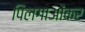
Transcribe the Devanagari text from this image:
पिलगाओंकर